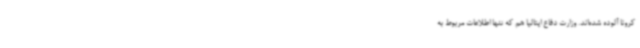
کرونا آلوده شده‌اند. وزارت دفاع ایتالیا هم که تنها اطلاعات مربوط به